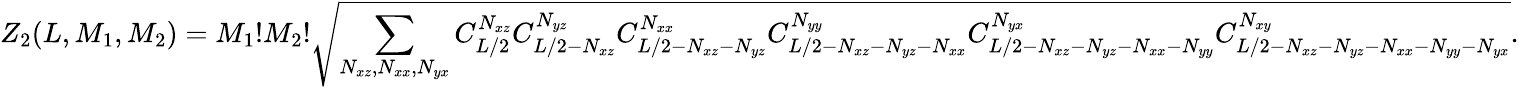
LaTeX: Z_{2}(L,M_{1},M_{2})=M_{1}!M_{2}!\sqrt{\sum_{N_{xz},N_{xx},N_{yx}}C_{L/2}^{N_{xz}}C_{L/2-N_{xz}}^{N_{yz}}C_{L/2-N_{xz}-N_{yz}}^{N_{xx}}C_{L/2-N_{xz}-N_{yz}-N_{xx}}^{N_{yy}}C_{L/2-N_{xz}-N_{yz}-N_{xx}-N_{yy}}^{N_{yx}}C_{L/2-N_{xz}-N_{yz}-N_{xx}-N_{yy}-N_{yx}}^{N_{xy}}}.